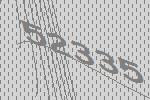
52335